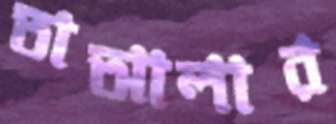
তাআলার